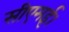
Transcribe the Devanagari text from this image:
सीएमई।